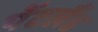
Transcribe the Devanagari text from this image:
पेंटलैंड